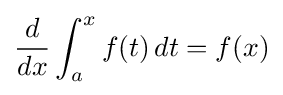
{\frac {d}{dx}}\int _{a}^{x}f(t)\,dt=f(x)